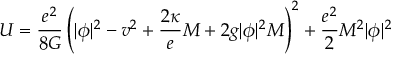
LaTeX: U = \frac { e ^ { 2 } } { 8 G } \left( | \phi | ^ { 2 } - v ^ { 2 } + \frac { 2 \kappa } e M + 2 g | \phi | ^ { 2 } M \right) ^ { 2 } + \frac { e ^ { 2 } } 2 M ^ { 2 } | \phi | ^ { 2 }